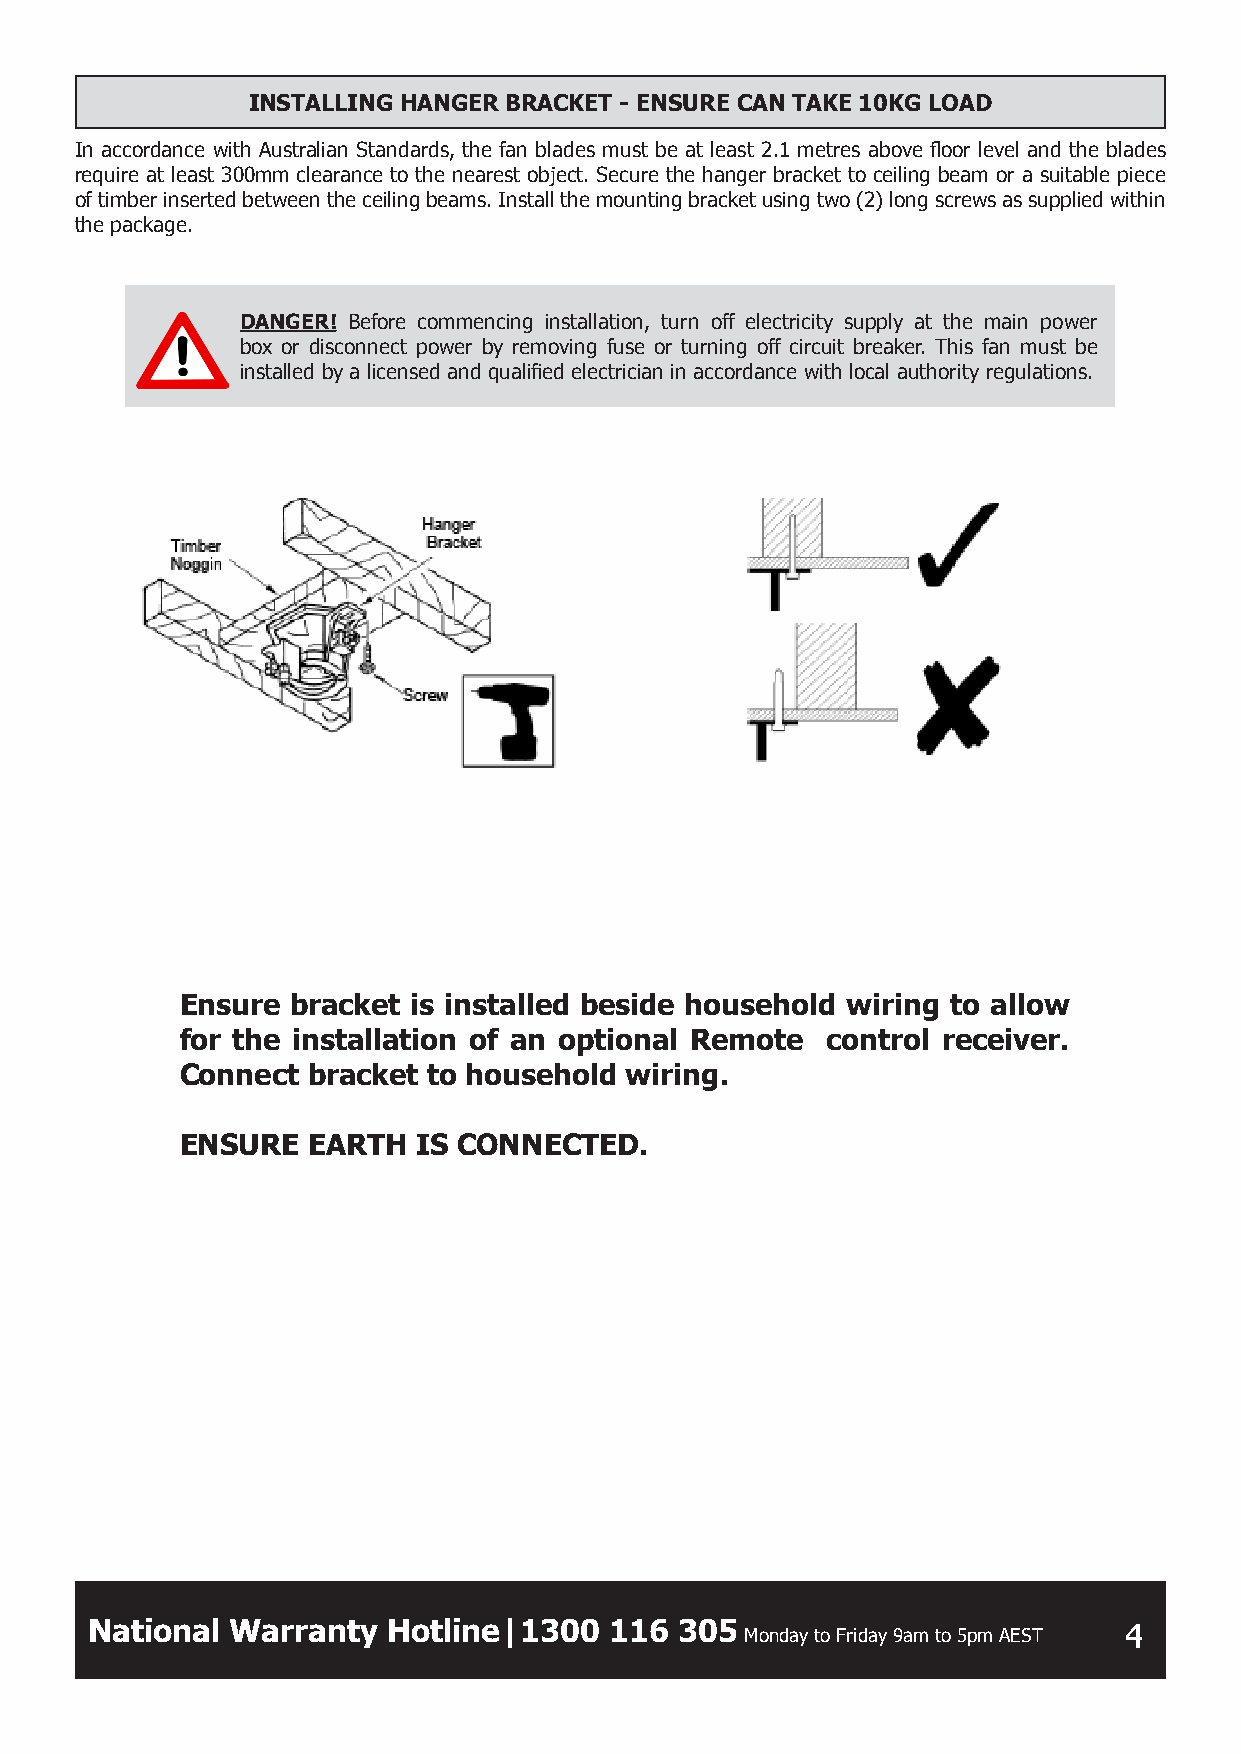
INSTALLING HANGER BRACKET - ENSURE CAN TAKE 10KG LOAD
 In accordance with Australian Standards, the fan blades must be at least 2.1 metres above floor level and the blades
 require at least 300mm clearance to the nearest object. Secure the hanger bracket to ceiling beam or a suitable piece
 of timber inserted between the ceiling beams. Install the mounting bracket using two (2) long screws as supplied within
 the package.
 DANGER! Before commencing installation, turn off electricity supply at the main power
 box or disconnect power by removing fuse or turning off circuit breaker. This fan must be
 installed by a licensed and qualified electrician in accordance with local authority regulations.
 Ensure bracket is installed beside household wiring to allow
 for the installation of an optional Remote control receiver.
 Connect bracket to household wiring.
 ENSURE  EARTH  IS CONNECTED.
 National Warranty   Hotline|1300  116  305 Monday to Friday 9am to 5pm AEST 4